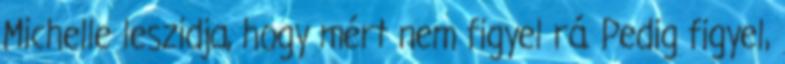
Michelle leszidja, hogy mért nem figyel rá. Pedig figyel,